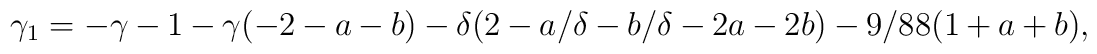
\gamma_1 = -\gamma-1- \gamma(-2-a-b) - \delta (2-a/\delta-b/\delta-2a-2b) - 9/88(1+a+b) ,